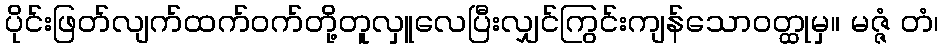
ပိုင်းဖြတ်လျက်ထက်ဝက်တို့တူလှူလေပြီးလျှင်ကြွင်းကျန်သောဝတ္ထုမှ။ မဇ္ဇံ တံ၊